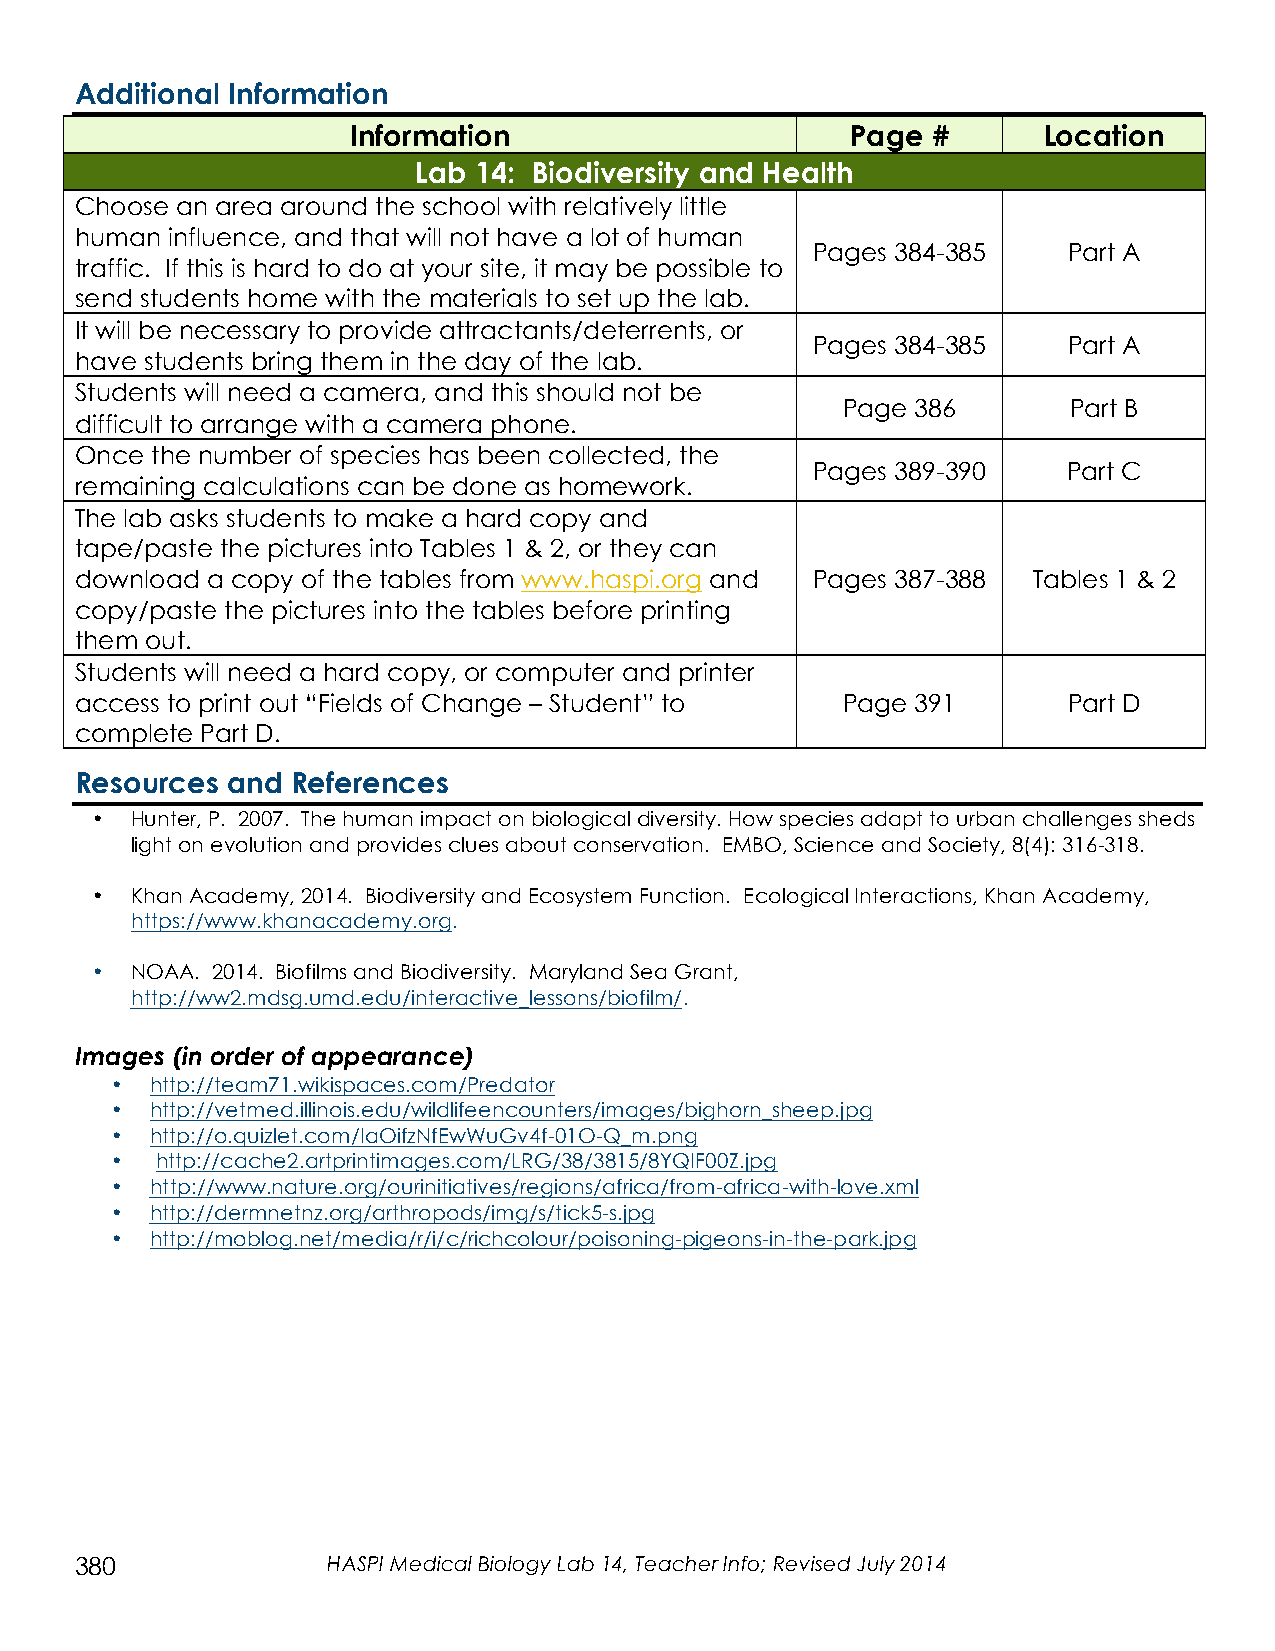
Additional Information
 Information                      Page  #      Location
 Lab 14: Biodiversity and Health
 Choose an area around the school with relatively little
 human influence, and that will not have a lot of human
 Pages 384-385    Part A
 traffic. If this is hard to do at your site, it may be possible to
 send students home with the materials to set up the lab.
 It will be necessary to provide attractants/deterrents, or
 Pages 384-385    Part A
 have students bring them in the day of the lab.
 Students will need a camera, and this should not be
 Page 386       Part B
 difficult to arrange with a camera phone.
 Once the number of species has been collected, the
 Pages 389-390    Part C
 remaining calculations can be done as homework.
 The lab asks students to make a hard copy and
 tape/paste the pictures into Tables 1 & 2, or they can
 download a copy of the tables from www.haspi.org and Pages 387-388 Tables 1 & 2
 copy/paste the pictures into the tables before printing
 them out.
 Students will need a hard copy, or computer and printer
 access to print out “Fields of Change – Student” to Page 391      Part D
 complete Part D.
 Resources and References
 •  Hunter, P. 2007. The human impact on biological diversity. How species adapt to urban challenges sheds
 light on evolution and provides clues about conservation. EMBO, Science and Society, 8(4): 316-318.
 •  Khan Academy, 2014. Biodiversity and Ecosystem Function. Ecological Interactions, Khan Academy,
 https://www.khanacademy.org.
 •  NOAA. 2014. Biofilms and Biodiversity. Maryland Sea Grant,
 http://ww2.mdsg.umd.edu/interactive_lessons/biofilm/.
 Images (in order of appearance)
 •  http://team71.wikispaces.com/Predator
 •  http://vetmed.illinois.edu/wildlifeencounters/images/bighorn_sheep.jpg
 •  http://o.quizlet.com/IaOifzNfEwWuGv4f-01O-Q_m.png
 •  http://cache2.artprintimages.com/LRG/38/3815/8YQIF00Z.jpg
 •  http://www.nature.org/ourinitiatives/regions/africa/from-africa-with-love.xml
 •  http://dermnetnz.org/arthropods/img/s/tick5-s.jpg
 •  http://moblog.net/media/r/i/c/richcolour/poisoning-pigeons-in-the-park.jpg
 380              HASPI Medical Biology Lab 14, Teacher Info; Revised July 2014